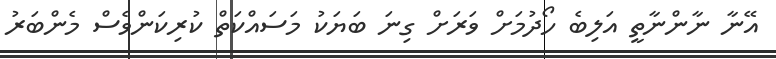
އޭނާ ނާންނާތީ އަލިބެ ހޯދުމަށް ވަރަށް ގިނަ ބަޔަކު މަސައްކަތް ކުރިކަންވެސް މެންބަރު